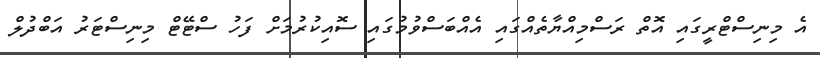
އެ މިނިސްޓްރީގައި އޮތް ރަސްމިއްޔާތެއްގައި އެއްބަސްވުމުގައި ސޮއިކުރުމަށް ފަހު ސްޓޭޓް މިނިސްޓަރު އަބްދުލް